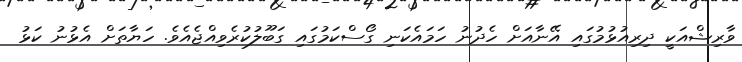
ވާރިޝްއަކީ ދިރިއުޅުމުގައި އޭނާއަށް ހެދުނު ހަމައެކަނި ގޯސްކަމުގައި ގަބޫލުކުރެވިއްޖެއެވެ. ހަޔާތަށް އެޅުނު ކަޅު